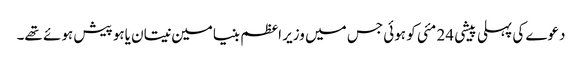
دعوے کی پہلی پیشی 24 مئی کو ہوئی جس میں وزیر اعظم بنیامین نیتان یاہو پیش ہوئے تھے۔